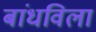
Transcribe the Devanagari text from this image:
बांधविला